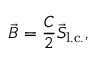
\vec { B } = \frac { C } { 2 } \vec { S } _ { \mathrm { l . c . } } ,